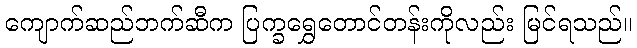
ကျောက်ဆည်ဘက်ဆီက ပြက္ခရွှေတောင်တန်းကိုလည်း မြင်ရသည်။